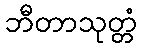
ဘီတာသုတ္တံ